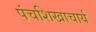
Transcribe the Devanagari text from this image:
पंचशिखाचार्य